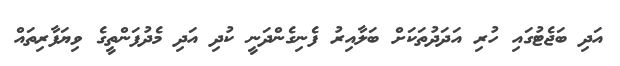
އަދި ބަޖެޓުގައި ހުރި އަދަދުތަކަށް ބަލާއިރު ފެނިގެންދަނީ ކުދި އަދި މެދުފަންތީގެ ވިޔަފާރިތައް